画像に写った文字を読んでください
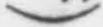
「)」と書いてあります